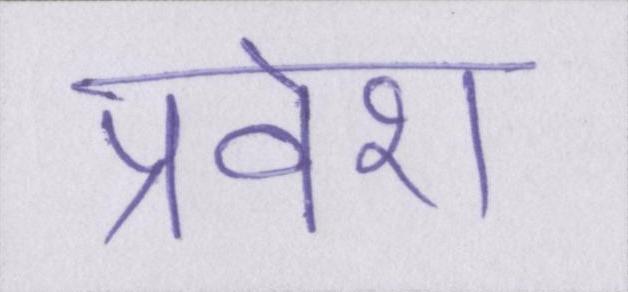
प्रवेश